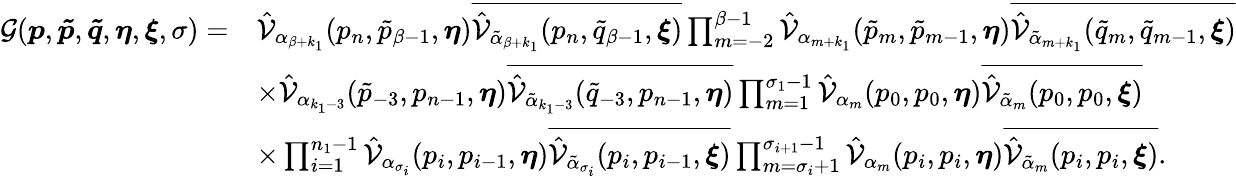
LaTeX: \begin{array}{rl}{\mathcal{G}(\boldsymbol{p},\boldsymbol{\tilde{p}},\boldsymbol{\tilde{q}},\boldsymbol{\eta},\boldsymbol{\xi},\sigma)=}&{\hat{\mathcal{V}}_{\alpha_{\beta+k_{1}}}(p_{n},\tilde{p}_{\beta-1},\boldsymbol{\eta})\overline{{\hat{\mathcal{V}}_{\tilde{\alpha}_{\beta+k_{1}}}(p_{n},\tilde{q}_{\beta-1},\boldsymbol{\xi})}}\prod_{m=-2}^{\beta-1}\hat{\mathcal{V}}_{\alpha_{m+k_{1}}}(\tilde{p}_{m},\tilde{p}_{m-1},\boldsymbol{\eta})\overline{{\hat{\mathcal{V}}_{\tilde{\alpha}_{m+k_{1}}}(\tilde{q}_{m},\tilde{q}_{m-1},\boldsymbol{\xi})}}}\\ &{\times\hat{\mathcal{V}}_{\alpha_{k_{1}-3}}(\tilde{p}_{-3},p_{n-1},\boldsymbol{\eta})\overline{{\hat{\mathcal{V}}_{\tilde{\alpha}_{k_{1}-3}}(\tilde{q}_{-3},p_{n-1},\boldsymbol{\eta})}}\prod_{m=1}^{\sigma_{1}-1}\hat{\mathcal{V}}_{\alpha_{m}}(p_{0},p_{0},\boldsymbol{\eta})\overline{{\hat{\mathcal{V}}_{\tilde{\alpha}_{m}}(p_{0},p_{0},\boldsymbol{\xi})}}}\\ &{\times\prod_{i=1}^{n_{1}-1}\hat{\mathcal{V}}_{\alpha_{\sigma_{i}}}(p_{i},p_{i-1},\boldsymbol{\eta})\overline{{\hat{\mathcal{V}}_{\tilde{\alpha}_{\sigma_{i}}}(p_{i},p_{i-1},\boldsymbol{\xi})}}\prod_{m=\sigma_{i}+1}^{\sigma_{i+1}-1}\hat{\mathcal{V}}_{\alpha_{m}}(p_{i},p_{i},\boldsymbol{\eta})\overline{{\hat{\mathcal{V}}_{\tilde{\alpha}_{m}}(p_{i},p_{i},\boldsymbol{\xi})}}.}\end{array}